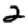
Digit: 2